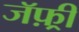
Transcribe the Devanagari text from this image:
जॅफ़्री